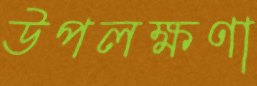
উপলক্ষণা